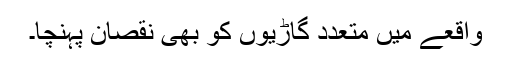
واقعے میں متعدد گاڑیوں کو بھی نقصان پہنچا۔